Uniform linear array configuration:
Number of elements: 64
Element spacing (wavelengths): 0.75
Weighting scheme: cosine
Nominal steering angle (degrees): -60
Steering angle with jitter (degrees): -60.252
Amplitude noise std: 0.05
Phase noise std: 0.05

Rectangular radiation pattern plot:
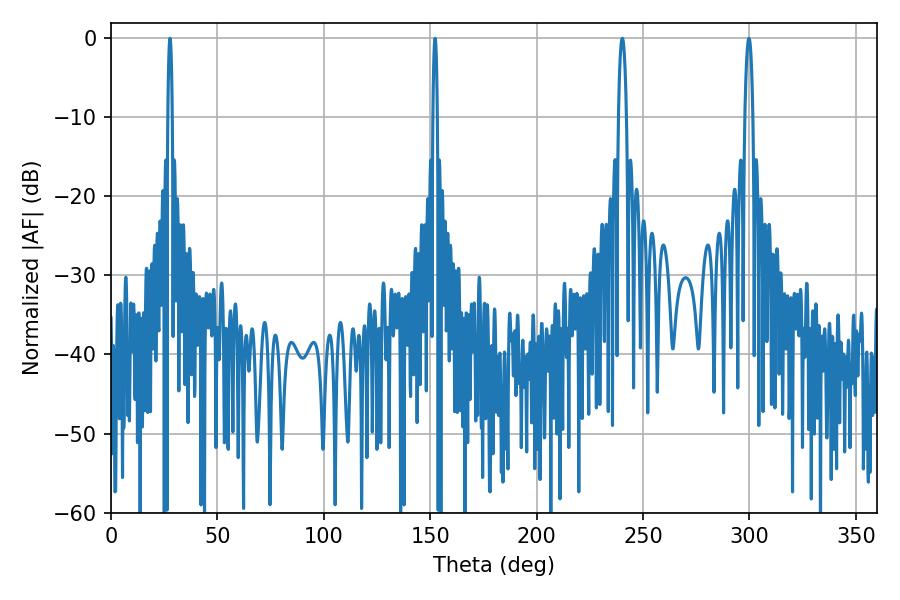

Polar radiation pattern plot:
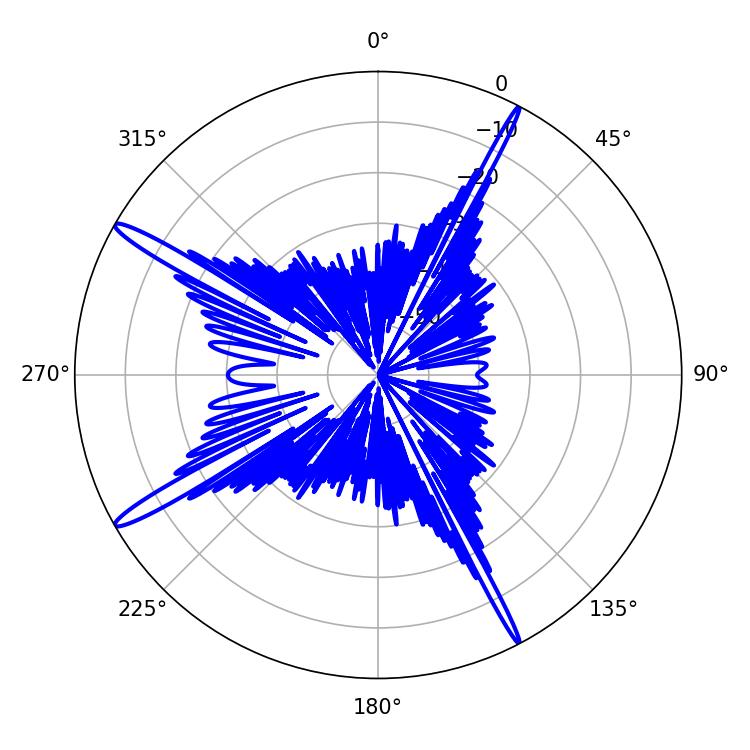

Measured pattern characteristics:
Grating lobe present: TRUE
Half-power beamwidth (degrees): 1.08
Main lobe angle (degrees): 27.72